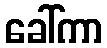
ခေါ်ကာ